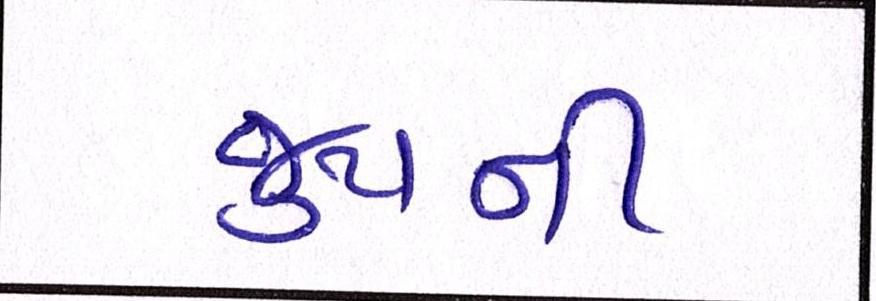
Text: જુથની